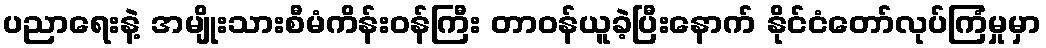
ပညာရေးနဲ့ အမျိုးသားစီမံကိန်းဝန်ကြီး တာဝန်ယူခဲ့ပြီးနောက် နိုင်ငံတော်လုပ်ကြံမှုမှာ